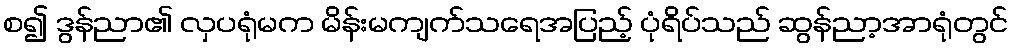
စ၍ ဒွန်ညာ၏ လှပရုံမက မိန်းမကျက်သရေအပြည့် ပုံရိပ်သည် ဆွန်ညာ့အာရုံတွင်